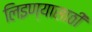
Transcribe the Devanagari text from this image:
लिइण्यासाठी